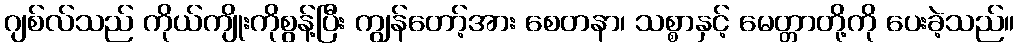
ဂျစ်လ်သည် ကိုယ်ကျိုးကိုစွန့်ပြီး ကျွန်တော့်အား စေတနာ၊ သစ္စာနှင့် မေတ္တာတို့ကို ပေးခဲ့သည်။